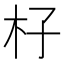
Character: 杍